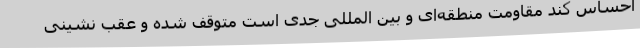
احساس کند مقاومت منطقه‌ای و بین المللی جدی است متوقف شده و عقب نشینی